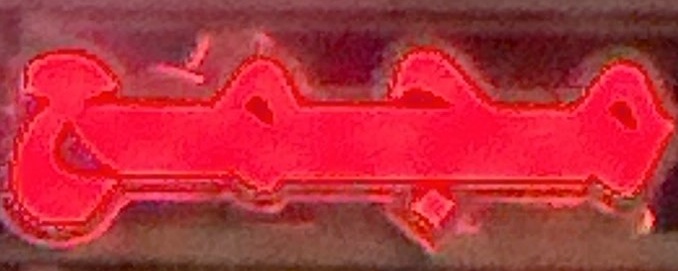
مجمع